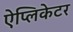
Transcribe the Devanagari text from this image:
ऐप्लिकेटर